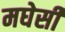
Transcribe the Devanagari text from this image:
मघेसी